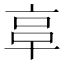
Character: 𠅖